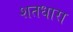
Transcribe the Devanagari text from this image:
शतधारा